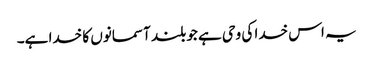
یہ اس خدا کی وحی ہے جو بلند آسمانوں کا خدا ہے۔